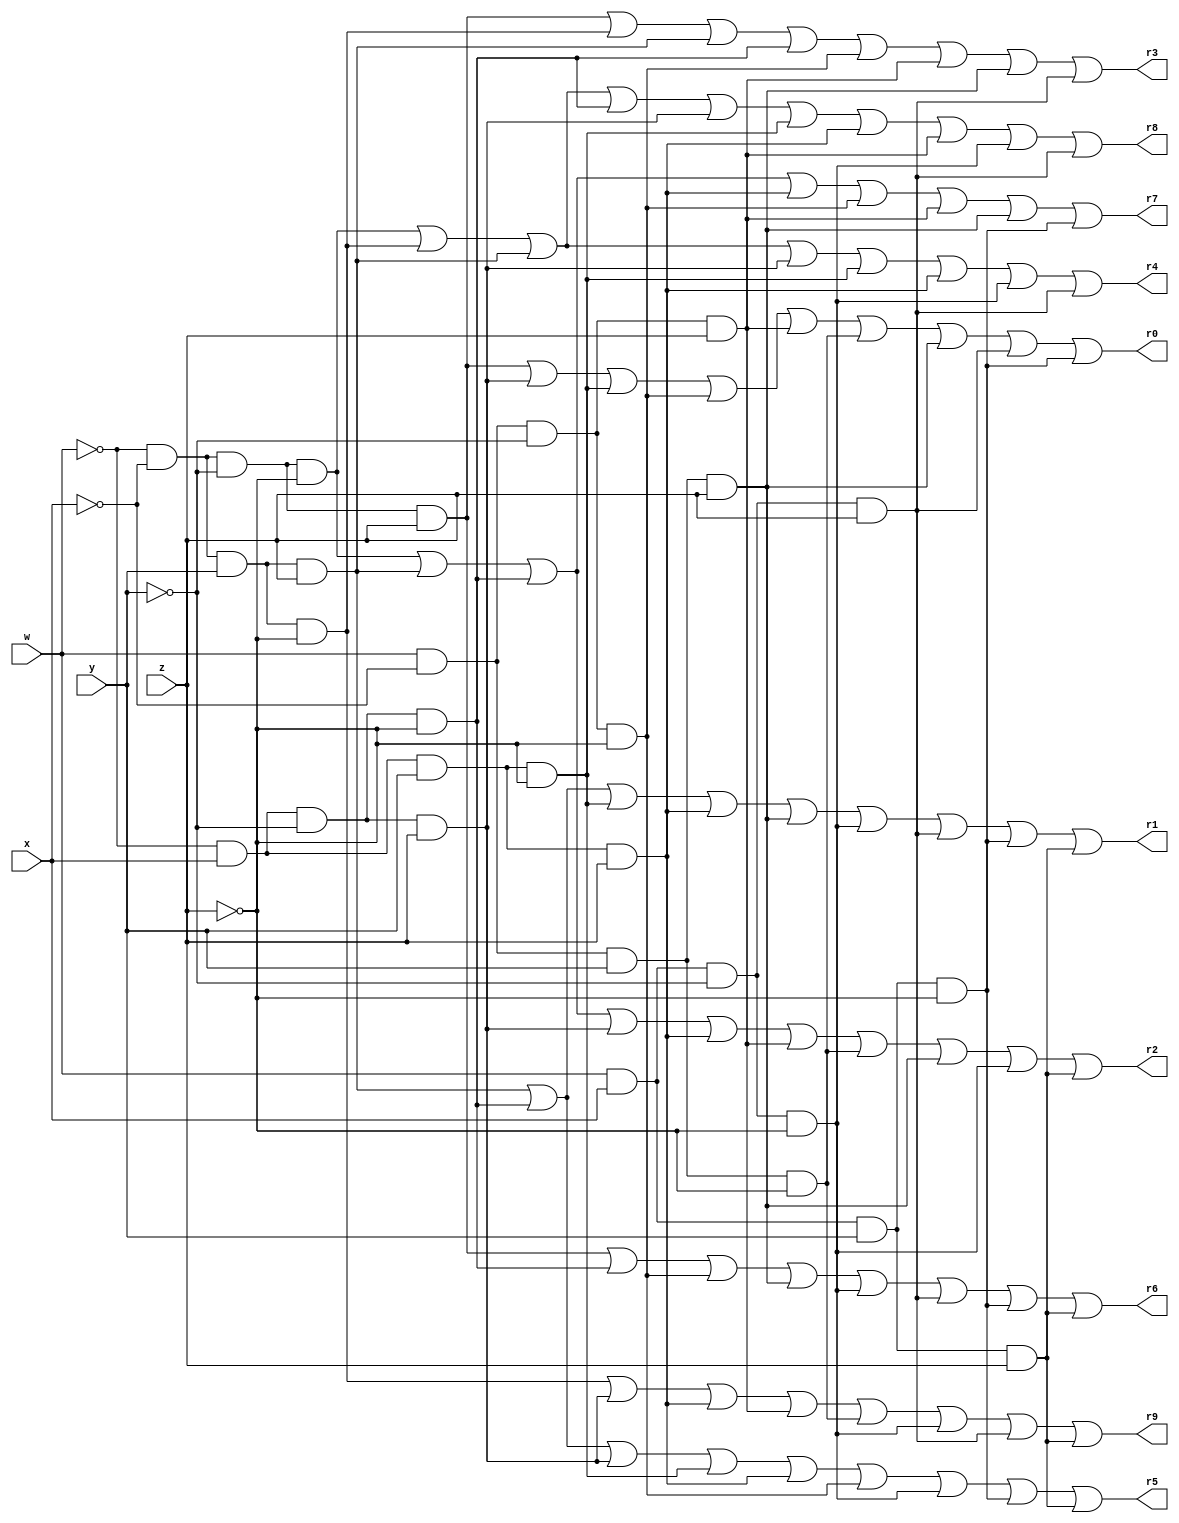
//----------------------------------------------------------------------
module Breadboard	(w,x,y,z,r0,r1,r2,r3,r4,r5,r6,r7,r8,r9);  //Module Header
input w,x,y,z;                           //Specify inputs
output r0,r1,r2,r3,r4,r5,r6,r7,r8,r9;                       //Specify outputs
reg r0,r1,r2,r3,r4,r5,r6,r7,r8,r9;                            //Output is a memory area.
wire w,x,y,z;

always @ (w,x,y,z,r0,r1,r2,r3,r4,r5,r6,r7,r8,r9) begin  
                                         
//All function minterm equations
r0= (~w&~x&~y&z)|(~w&x&~y&z)|(~w&x&y&~z)|(w&~x&~y&~z)|(w&~x&~y&z)|(w&~x&y&~z)|(w&~x&y&z)|(w&x&~y&z)|(w&x&y&~z);

r1= (~w&~x&y&z)|(~w&x&~y&~z)|(~w&x&y&~z)|(~w&x&y&z)|(w&~x&y&z)|(w&x&~y&~z)|(w&x&~y&z)|(w&x&y&~z)|(w&x&y&z);

r2= (~w&~x&~y&~z)|(~w&~x&y&z)|(~w&x&~y&~z)|(~w&x&~y&z)|(~w&x&y&z)|(w&~x&~y&z)|(w&~x&y&~z)|(w&~x&y&z)|(w&x&~y&~z)|(w&x&y&z);

r3= (~w&~x&~y&z)|(~w&~x&y&~z)|(~w&~x&y&z)|(~w&x&~y&~z)|(w&~x&~y&~z)|(w&~x&~y&z)|(w&~x&y&z)|(w&x&~y&z);

r4 = (~w&~x&~y&~z)|(~w&~x&y&~z)|(~w&~x&y&z)|(~w&x&~y&z)|(~w&x&y&~z)|(~w&x&y&z)|(w&x&~y&~z)|(w&x&~y&z);

r5 = (~w&~x&y&z)|(~w&x&~y&~z)|(~w&x&~y&z)|(~w&x&y&~z)|(~w&x&y&z)|(w&~x&~y&~z)|(w&x&~y&~z)|(w&x&y&~z)|(w&x&y&z);

r6 = (~w&~x&~y&z)|(~w&x&~y&~z)|(w&~x&~y&~z)|(w&~x&y&z)|(w&x&~y&~z)|(w&x&~y&z)|(w&x&y&~z)|(w&x&y&z);

r7 = (~w&~x&~y&~z)|(~w&~x&y&z)|(~w&x&~y&~z)|(~w&x&y&z)|(w&~x&~y&~z)|(w&~x&~y&z)|(w&~x&y&z)|(w&x&y&~z);

r8= (~w&~x&~y&~z)|(~w&~x&y&~z)|(~w&~x&y&z)|(~w&x&~y&~z)|(~w&x&~y&z)|(~w&x&y&~z)|(~w&x&y&z)|(w&~x&~y&z)|(w&x&~y&~z)|(w&x&~y&z);

r9 = (~w&~x&y&~z)|(~w&x&~y&z)|(~w&x&y&z)|(w&~x&~y&z)|(w&~x&y&~z)|(w&x&~y&~z)|(w&x&~y&z)|(w&x&y&z);

end                                       // Finish the Always block

endmodule                                 //Module End

//----------------------------------------------------------------------

module testbench();

  //Registers act like local variables
  reg [4:0] i; //A loop control for 16 rows of a truth table.
  reg  a;//Value of 2^3
  reg  b;//Value of 2^2
  reg  c;//Value of 2^1
  reg  d;//Value of 2^0
  
  //A wire can hold the return of a function
  wire  f0,f1,f2,f3,f4,f5,f6,f7,f8,f9;
  
  //Modules can be either functions, or model chips. 
  //They are instantiated like an object of a class, 
  //with a constructor with parameters.  They are not invoked,
  //but operate like a thread.
  Breadboard zap(a,b,c,d,f0,f1,f2, f3, f4, f5, f6, f7, f8, f9);
 
     
	 
  //Initial means "start," like a Main() function.
  //Begin denotes the start of a block of code.	
  initial begin
   	
  //$display acts like a java System.println command.
  $display ("|##|A|B|C|D|F0|F1|F2|F3|F4|F5|F6|F7|F8|F9|");
  $display ("|==+=+=+=+=+==+==+==+==+==+==+==+==+==+==|");
  
    //A for loop, with register i being the loop control variable.
	for (i = 0; i < 16; i = i + 1) 
	begin//Open the code blook of the for loop
		a=(i/8)%2;//High bit
		b=(i/4)%2;
		c=(i/2)%2;
		d=(i/1)%2;//Low bit	
		 
		//Oh, Dr. Becker, do you remember what belongs here? 
	    #60; //Need a delay to let the calcuation/circuit complete.
		 	
		$display ("|%2d|%1d|%1d|%1d|%1d| %1d| %1d| %1d| %1d| %1d| %1d| %1d| %1d| %1d| %1d|",i,a,b,c,d,f0,f1,f2, f3, f4, f5, f6, f7, f8, f9);
		if(i%4==3) //Every fourth row of the table, put in a marker for easier reading.
		 $write ("|--+-+-+-+-+--+--+--+--+--+--+--+--+--+--|\n");//Write acts a bit like a java System.print

	end//End of the for loop code block
 
	#10; //A time delay of 10 time units. Hashtag Delay
	$finish;//A command, not unlike System.exit(0) in Java.
  end  //End the code block of the main (initial)
  
endmodule //Close the testbench module